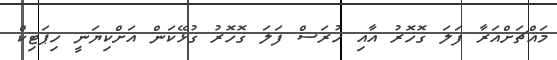
މައްޗަށްއަރާ ފަލަ ގޮހޮރު އާއި ހުރަސް ފަލަ ގޮހޮރު ގުޅޭކަން އަށްކިޔަނީ ހިޕަޓިކް